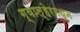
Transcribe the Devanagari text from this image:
ग्वाल्हेरमधून